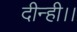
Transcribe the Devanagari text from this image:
दीन्ही।।